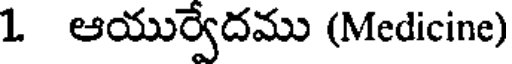
1 ఆయుర్వేదము (Medicine)